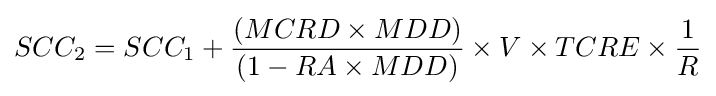
SCC_{2}=SCC_{1}+{\frac {(MCRD\times MDD)}{(1-RA\times MDD)}}\times V\times TCRE\times {\frac {1}{R}}